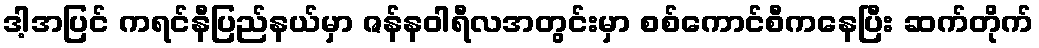
ဒါ့အပြင် ကရင်နီပြည်နယ်မှာ ဇန်နဝါရီလအတွင်းမှာ စစ်ကောင်စီကနေပြီး ဆက်တိုက်